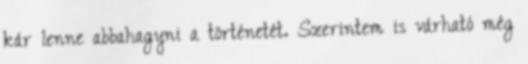
kár lenne abbahagyni a történetét. Szerintem is várható még